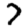
Digit: 7